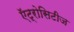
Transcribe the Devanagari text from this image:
ऍट्रोसिटीज